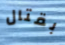
بقتال